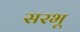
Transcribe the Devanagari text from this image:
सरभू